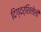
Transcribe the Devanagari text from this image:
दिग्दर्शिलेली